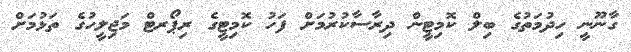
ގާނޫނީ ހިދުމަތުގެ ބިލް ކޮމިޓީން ދިރާސާކުރުމަށް ފަހު ކޮމިޓީގެ ރިޕޯރޓް މަޖިލީހުގެ ތަޅުމަށް